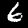
Label: 6